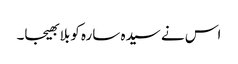
اس نے سیدہ سارہ کو بلا بھیجا۔